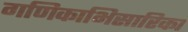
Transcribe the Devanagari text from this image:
गणिकाभिसारिका